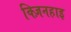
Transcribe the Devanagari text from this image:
क्ज़िनहाइ